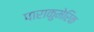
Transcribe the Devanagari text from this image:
पाराकुमेरिक